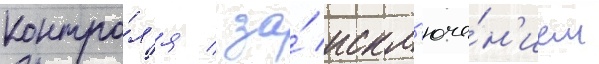
контро́л'я / за́ искл'юче́н'ием